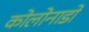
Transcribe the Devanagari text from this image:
कोलोनाडो